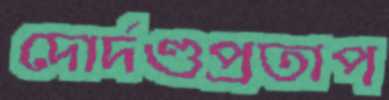
দোর্দণ্ডপ্রতাপ